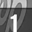
Digit: 1